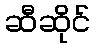
ဆီဆိုင်